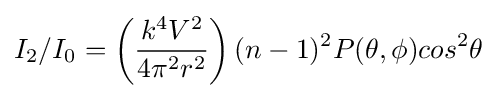
I_{2}/I_{0}=\left({\frac {k^{4}V^{2}}{4\pi ^{2}r^{2}}}\right)(n-1)^{2}P(\theta ,\phi )cos^{2}\theta